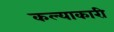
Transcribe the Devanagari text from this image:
कल्याकारी